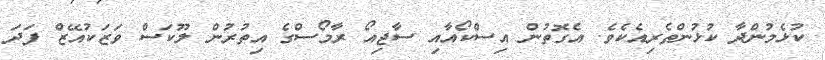
ކުޅެމުންދާ ކުޅުންތެރިއެކެވެ. އެގޮތުން އިސްކޯއާއި ސާޖިއޯ ރާމޯސްގެ އިތުރުން ލޫކަސް ވަޒަކުއޭޒް ފަދަ